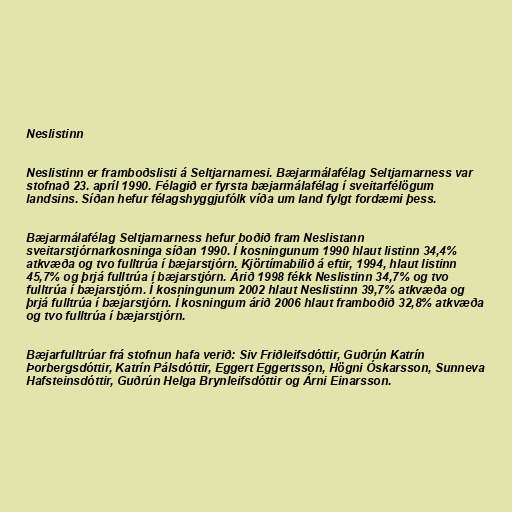
Neslistinn

Neslistinn er framboðslisti á Seltjarnarnesi. Bæjarmálafélag Seltjarnarness var
stofnað 23. apríl 1990. Félagið er fyrsta bæjarmálafélag í sveitarfélögum
landsins. Síðan hefur félagshyggjufólk víða um land fylgt fordæmi þess.

Bæjarmálafélag Seltjarnarness hefur boðið fram Neslistann
sveitarstjórnarkosninga síðan 1990. Í kosningunum 1990 hlaut listinn 34,4%
atkvæða og tvo fulltrúa í bæjarstjórn. Kjörtímabilið á eftir, 1994, hlaut listinn
45,7% og þrjá fulltrúa í bæjarstjórn. Árið 1998 fékk Neslistinn 34,7% og tvo
fulltrúa í bæjarstjórn. Í kosningunum 2002 hlaut Neslistinn 39,7% atkvæða og
þrjá fulltrúa í bæjarstjórn. Í kosningum árið 2006 hlaut framboðið 32,8% atkvæða
og tvo fulltrúa í bæjarstjórn.

Bæjarfulltrúar frá stofnun hafa verið: Siv Friðleifsdóttir, Guðrún Katrín
Þorbergsdóttir, Katrín Pálsdóttir, Eggert Eggertsson, Högni Óskarsson, Sunneva
Hafsteinsdóttir, Guðrún Helga Brynleifsdóttir og Árni Einarsson.